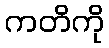
ကတိကို